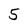
Character: 5